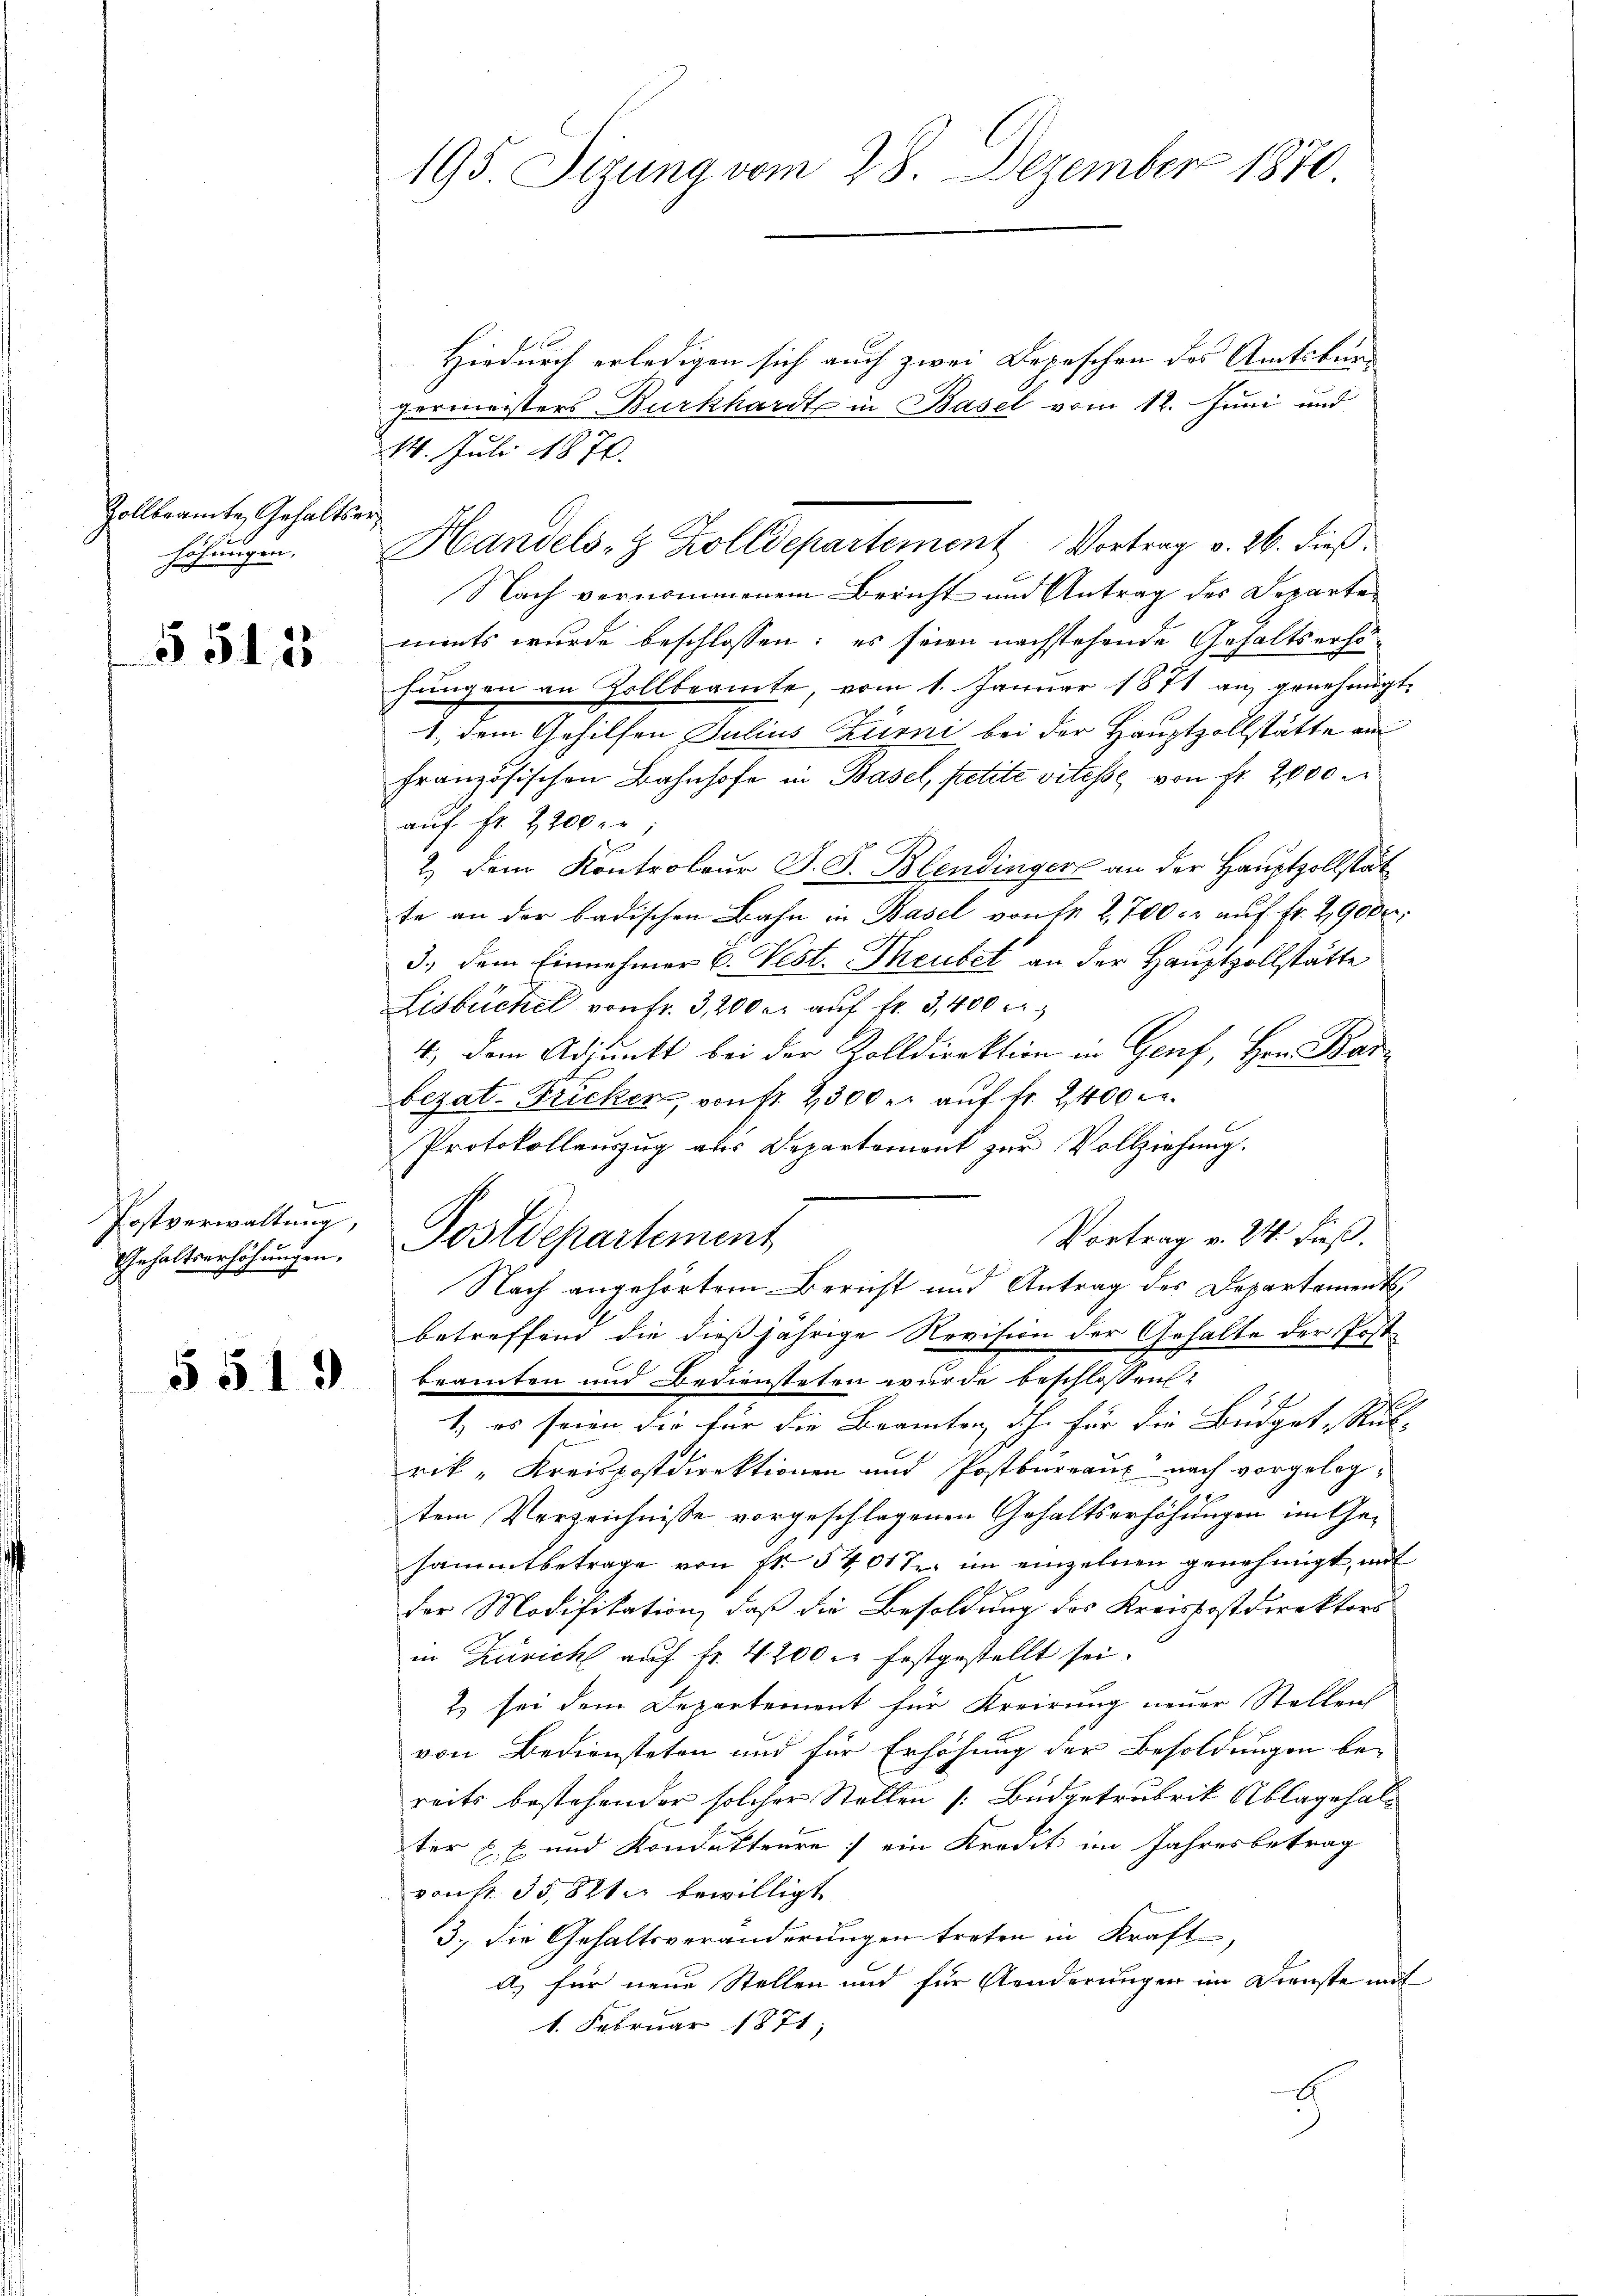
Zollbeamte Gehaltshöhungen.

55125

Postverwaltung,
Gehaltserhöhungen.

5519

195 Sizung vom 28. Dezember 1870

Hiedurch erledigen sich auch zwei Depeschen des Amtsbürgermeisters Burkhardt in Basel vom 12. Juni und
14. Juli 1876
Nach vernommenem Bericht und Antrag des Departements wurde beschlossen; es seien nachstehende Gehaltsersohungen an Zollbeamte, vom 1. Januar 1871 an genehmigt.
1. dem Gehilfen Julius Zurni bei der Hauptzollstätte am
französischen Bahnhofe in Basel, petite vitesse von fr. 2000.
auf Fr. 2200.
2.) Dem Kontroleur J. J. Blendinger an der Hauptzollstät
te an der badischen Bahn in Basel von de 2,700 r auf Fr. 29000.
3., dem Einnehmer C. Vest. Theubet an der Hauptzollstätte
Lisbüchel von Fr. 3,200 er auf fr. 3400 er
4) dem Adjunkt bei der Zolldirektion in Genf, Hrn. Barbezat Fricker, von fr. 2300 er auf fr. 2400 M.
Protokollauszug aus Departement zur Vollziehung.
Vortrag v. 24. dieß.
Postdepartement
Nach angehörtem Bericht und Antrag des Departaments
betreffend die dießjährige Revision der Gehalte der Post
beamten und bediensteten wurde beschlossen
1) es seien die für die Beamten ihn für die Budget-Rub- |
rik „Kreispostdirektionen und Postbureaux nach vorgelegtem Verzeichnisse vorgeschlagenen Gehaltserhöhungen im Gesammtbetrage von Fr. 5401 S. im einzelnen genehmigt, mit
der Modifikation, daß die Besoldung des Kreissostdirektors
in Zürich auf Fr. 4200 l. festgestellt sei.
2) sei dem Departement für Kreirung neuer Stellen
von Bediensteten und für Erhöhung der Besoldungen be-
reits bestehender solcher Stellen (: Budgetrubrik Ablagehalter E. E. und Kondukteure; ein Kredit im Jahresbetrag
vonst. 3582 bewilligt
3., die Gehaltsveränderungen treten in Kraft,
a) für neue Stellen und für Aenderungen im Dienste mit
1. Februar 1871

Handels- & Zolldepartement Vortrag v. 26. dieß.